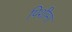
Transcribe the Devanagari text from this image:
पिशीमा